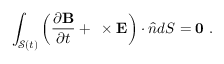
\int _ { \mathcal { S } ( t ) } \left( \frac { \partial \mathbf { B } } { \partial t } + \mathbf { \nabla } \times \mathbf { E } \right) \cdot \hat { \boldsymbol { n } } d S = \mathbf { 0 } ~ .